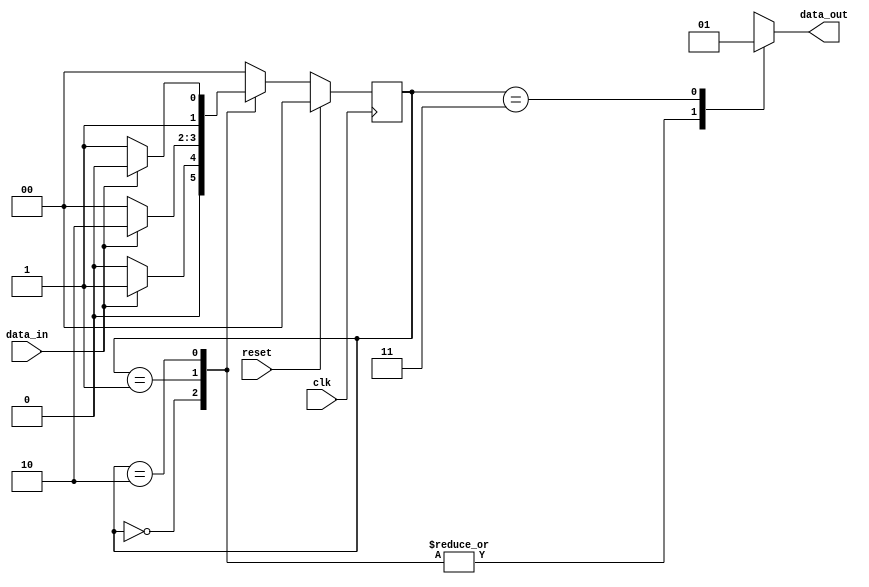
`timescale 1ns / 1ps
//////////////////////////////////////////////////////////////////////////////////
// Company: 
// 
// Design Name: 
// Module Name: Sequence_Detector using moore FSM
// Project Name: sequence detector ("110")

// Description: 
/* 
        This program reads input data and ouputs output data '1' 
        when the sequence 110 is read in order.
        The program does this by utalizing a fintite state machine
 
//////////////////////////////////////////////////////////////////////////////////
//////////////////////////////////////////////////////////////////////////////////
                        Sequence_Detector using moore FSM
                                detecting "110"
//////////////////////////////////////////////////////////////////////////////////
//////////////////////////////////////////////////////////////////////////////////
*/

module Sequence_Detector(
    input data_in,
    input clk, 
    input reset,
    output reg data_out
    );
    
    
    reg [1:0] current_state;
    reg [1:0] next_state;
    
    parameter s0 = 2'b00;
    parameter s1 = 2'b01;
    parameter s2 = 2'b10;
    parameter s3 = 2'b11;
    
    
    always@(posedge clk)
        begin
            if(reset == 1'b1)
             current_state <= s0;
            else
             current_state <= next_state;
        end
        
     always@(current_state or data_in)
        begin 
            case (current_state)
                s0: begin
                    if(data_in == 1'b0)
                    next_state = s0;
                    else
                    next_state = s1;
                    end 
                    
                s1: begin // assuming you already have "1xx"
                    if (data_in == 1'b0)
                    next_state = s0;
                    else          
                    next_state = s2;
                    end 
                    
                s2: begin  //assuming you allready have "11x"
                    if (data_in == 1'b0)
                    next_state = s3;
                    else 
                    next_state = s2;
                    end
                                        
                    s2: begin  //assuming you allready have "110"
                    if (data_in == 1'b0)
                    next_state = s0;
                    else 
                    next_state = s1;
                    end
                    
                    default: begin 
                    next_state = s0;
                    end 
             endcase 
       end   //end of always@(current_state or data_in)  
    
    
       always@(current_state)
            begin
                case(current_state)
                    s0: data_out <= 1'b0; // read first bit
                    s1: data_out <= 1'b0; // 1xx read bits
                    s2: data_out <= 1'b0; // 11x read bits 
                    s3: data_out <= 1'b1; // 110 read bits, correct sequence to data_out = 1
                    default: data_out <= 1'b0; //default data_out, s0 = default state 
                endcase 
            end
    
endmodule